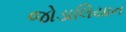
જોડાલિયાન